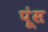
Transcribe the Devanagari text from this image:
पूंस